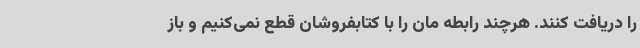
را دریافت کنند. هرچند رابطه مان را با کتابفروشان قطع نمی‌کنیم و باز